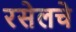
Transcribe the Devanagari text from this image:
रसेलचे